Report of the Indian Hemp Drugs Commission, 1894-1895 - Volume IV
Year: 1894
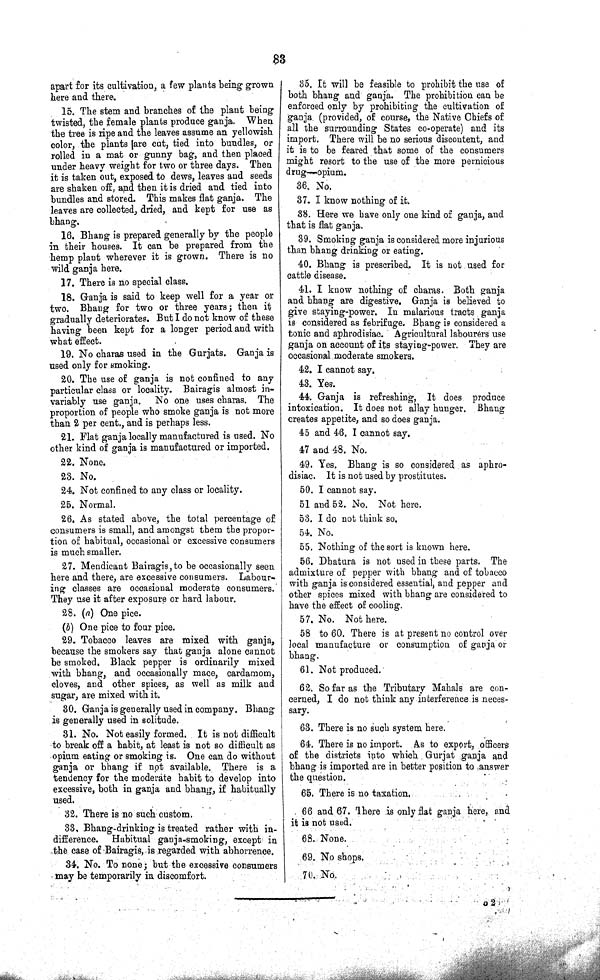
83
apart for its cultivation, a few plants being grown
here and there.
15. The stem and branches of the plant being
twisted, the female plants produce ganja. When
the tree is ripe and the leaves assume an yellowish
color, the plants are cut, tied into bundles, or
rolled in a mat or gunny bag, and then placed
under heavy weight for two or three days. Then
it is taken out, exposed to dews, leaves and seeds
are shaken off, and then it is dried and tied into
bundles and stored. This makes flat ganja. The
leaves are collected, dried, and kept for use as
bhang.
16. Bhang is prepared generally by the people
in their houses. It can be prepared from the
hemp plant wherever it is grown. There is no
wild ganja here.
17. There is no special class.
18. Ganja is said to keep well for a year or
two. Bhang for two or three years; then it
gradually deteriorates. But I do not know of these
having been kept for a longer period and with
what effect.
19. No charas used in the Gurjats. Ganja is
used only for smoking.
20. The use of ganja is not confined to any
particular class or locality. Bairagis almost in¬
variably use ganja. No one uses charas. The
proportion of people who smoke ganja is not more
than 2 per cent., and is perhaps less.
21. Flat ganja locally manufactured is used. No
other kind of ganja is manufactured or imported.
22. None.
23. No.
24. Not confined to any class or locality.
25. Normal.
26. As stated above, the total percentage of
consumers is small, and amongst them the propor¬
tion of habitual, occasional or excessive consumers
is much smaller.
27. Mendicant Bairagis, to be occasionally seen
here and there, are excessive consumers. Labour-
ing classes are occasional moderate consumers.
They use it after exposure or hard labour.
28. (a) One pice.
(b) One pice to four pice.
29. Tobacco leaves are mixed with ganja,
because the smokers say that ganja alone cannot
be smoked. Black pepper is ordinarily mixed
with bhang, and occasionally mace, cardamom,
cloves, and other spices, as well as milk and
sugar, are mixed with it.
30. Ganja is generally used in company. Bhang
is generally used in solitude.
31. No. Not easily formed. It is not difficult
to break off a habit, at least is not so difficult as
opium eating or smoking is. One can do without
ganja or bhang if not available. There is a
tendency for the moderate habit to develop into
excessive, both in ganja and bhang, if habitually
used.
32. There is no such custom.
33. Bhang-drinking is treated rather with in¬
difference. Habitual ganja-smoking, except in
the case of Bairagis, is regarded with abhorrence.
34. No. To none; but the excessive consumers
may be temporarily in discomfort.
35. It will be feasible to prohibit the use of
both bhang and ganja. The prohibition can be
enforced only by prohibiting the cultivation of
ganja (provided, of course, the Native Chiefs of
all the surrounding States co-operate) and its
import. There will be no serious discontent, and
it is to be feared that some of the consumers
might resort to the use of the more pernicious
drug-opium.
36. No.
37. I know nothing of it.
88. Here we have only one kind of ganja, and
that is flat ganja.
39. Smoking ganja is considered more injurious
than bhang drinking or eating.
40. Bhang is prescribed. It is not used for
cattle disease.
41. I know nothing of charas. Both ganja
and bhang are digestive. Ganja is believed to
give staying-power. In malarious tracts ganja
is considered as febrifuge. Bhang is considered a
tonic and aphrodisiac. Agricultural labourers use
ganja on account of its staying-power. They are
occasional moderate smokers.
42. I cannot
say.
43. Yes.
44. Ganja is refreshing, It does produce
intoxication. It does not allay hunger. Bhang
creates appetite, and so does ganja.
45 and 46. I cannot say.
47 and 48. No.
49. Yes. Bhang is so considered as aphro¬
disiac. It is not used by prostitutes.
50. I cannot say.
51 and 52. No. Not here.
53. I do not think so.
54. No.
55. Nothing of the sort is known here.
56. Dhatura is not used in these parts. The
admixture of pepper with bhang and of tobacco
with ganja is considered essential, and pepper and
other spices mixed with bhang are considered to
have the effect of cooling.
57. No. Not here.
58 to 60. There is at present no control over
local manufacture or consumption of ganja or
bhang.
61. Not produced.
62. So far as the Tributary Mahals are con¬
cerned, I do not think any interference is neces¬
sary.
63. There is no such system here.
64. There is no import. As to export, officers
of the districts into which Gurjat ganja and
bhang is imported are in better position to answer
the question.
65. There is no taxation.
66 and 67. There is only flat ganja here, and
it is not used.
68. None.
69. No shops.
70. No.
o 2